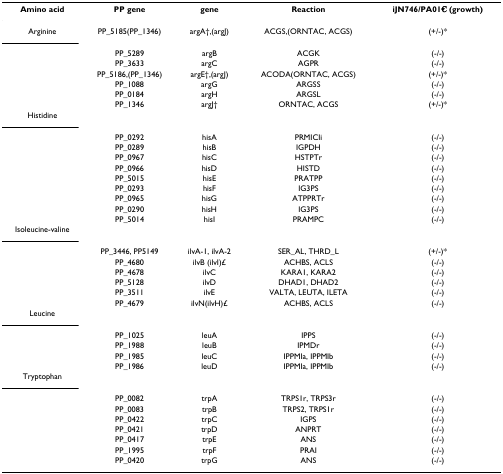
<table><thead><tr><td><b>Amino acid</b></td><td><b>PP gene</b></td><td><b>gene</b></td><td><b>Reaction</b></td><td><b>iJN746/PA01€ (growth)</b></td></tr></thead><tbody><tr><td>Arginine</td><td>PP_5185(PP_1346)</td><td>argA†,(argJ)</td><td>ACGS,(ORNTAC, ACGS)</td><td>(+/-)*</td></tr><tr><td></td><td>PP_5289</td><td>argB</td><td>ACGK</td><td>(-/-)</td></tr><tr><td></td><td>PP_3633</td><td>argC</td><td>AGPR</td><td>(-/-)</td></tr><tr><td></td><td>PP_5186,(PP_1346)</td><td>argE†,(argJ)</td><td>ACODA(ORNTAC, ACGS)</td><td>(+/-)*</td></tr><tr><td></td><td>PP_1088</td><td>argG</td><td>ARGSS</td><td>(-/-)</td></tr><tr><td></td><td>PP_0184</td><td>argH</td><td>ARGSL</td><td>(-/-)</td></tr><tr><td></td><td>PP_1346</td><td>argJ†</td><td>ORNTAC, ACGS</td><td>(+/-)*</td></tr><tr><td>Histidine</td><td></td><td></td><td></td><td></td></tr><tr><td></td><td>PP_0292</td><td>hisA</td><td>PRMICIi</td><td>(-/-)</td></tr><tr><td></td><td>PP_0289</td><td>hisB</td><td>IGPDH</td><td>(-/-)</td></tr><tr><td></td><td>PP_0967</td><td>hisC</td><td>HSTPTr</td><td>(-/-)</td></tr><tr><td></td><td>PP_0966</td><td>hisD</td><td>HISTD</td><td>(-/-)</td></tr><tr><td></td><td>PP_5015</td><td>hisE</td><td>PRATPP</td><td>(-/-)</td></tr><tr><td></td><td>PP_0293</td><td>hisF</td><td>IG3PS</td><td>(-/-)</td></tr><tr><td></td><td>PP_0965</td><td>hisG</td><td>ATPPRTr</td><td>(-/-)</td></tr><tr><td></td><td>PP_0290</td><td>hisH</td><td>IG3PS</td><td>(-/-)</td></tr><tr><td></td><td>PP_5014</td><td>hisI</td><td>PRAMPC</td><td>(-/-)</td></tr><tr><td>Isoleucine-valine</td><td></td><td></td><td></td><td></td></tr><tr><td></td><td>PP_3446, PP5149</td><td>ilvA-1, ilvA-2</td><td>SER_AL, THRD_L</td><td>(+/-)*</td></tr><tr><td></td><td>PP_4680</td><td>ilvB (ilvI)£</td><td>ACHBS, ACLS</td><td>(-/-)</td></tr><tr><td></td><td>PP_4678</td><td>ilvC</td><td>KARA1, KARA2</td><td>(-/-)</td></tr><tr><td></td><td>PP_5128</td><td>ilvD</td><td>DHAD1, DHAD2</td><td>(-/-)</td></tr><tr><td></td><td>PP_3511</td><td>ilvE</td><td>VALTA, LEUTA, ILETA</td><td>(-/-)</td></tr><tr><td></td><td>PP_4679</td><td>ilvN(ilvH)£</td><td>ACHBS, ACLS</td><td>(-/-)</td></tr><tr><td>Leucine</td><td></td><td></td><td></td><td></td></tr><tr><td></td><td>PP_1025</td><td>leuA</td><td>IPPS</td><td>(-/-)</td></tr><tr><td></td><td>PP_1988</td><td>leuB</td><td>IPMDr</td><td>(-/-)</td></tr><tr><td></td><td>PP_1985</td><td>leuC</td><td>IPPMIa, IPPMIb</td><td>(-/-)</td></tr><tr><td></td><td>PP_1986</td><td>leuD</td><td>IPPMIa, IPPMIb</td><td>(-/-)</td></tr><tr><td>Tryptophan</td><td></td><td></td><td></td><td></td></tr><tr><td></td><td>PP_0082</td><td>trpA</td><td>TRPS1r, TRPS3r</td><td>(-/-)</td></tr><tr><td></td><td>PP_0083</td><td>trpB</td><td>TRPS2, TRPS1r</td><td>(-/-)</td></tr><tr><td></td><td>PP_0422</td><td>trpC</td><td>IGPS</td><td>(-/-)</td></tr><tr><td></td><td>PP_0421</td><td>trpD</td><td>ANPRT</td><td>(-/-)</td></tr><tr><td></td><td>PP_0417</td><td>trpE</td><td>ANS</td><td>(-/-)</td></tr><tr><td></td><td>PP_1995</td><td>trpF</td><td>PRAI</td><td>(-/-)</td></tr><tr><td></td><td>PP_0420</td><td>trpG</td><td>ANS</td><td>(-/-)</td></tr></tbody></table>